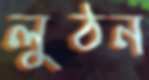
লুঠন